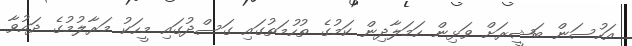
އަހުސަން ބަޝީރަށް ވަޅިން ހަމަލާދިން ކަމުގެ ތުހުމަތުގައި ގަސްދުގައި މީހަކު މަރާލުމުގެ ދައުވާ